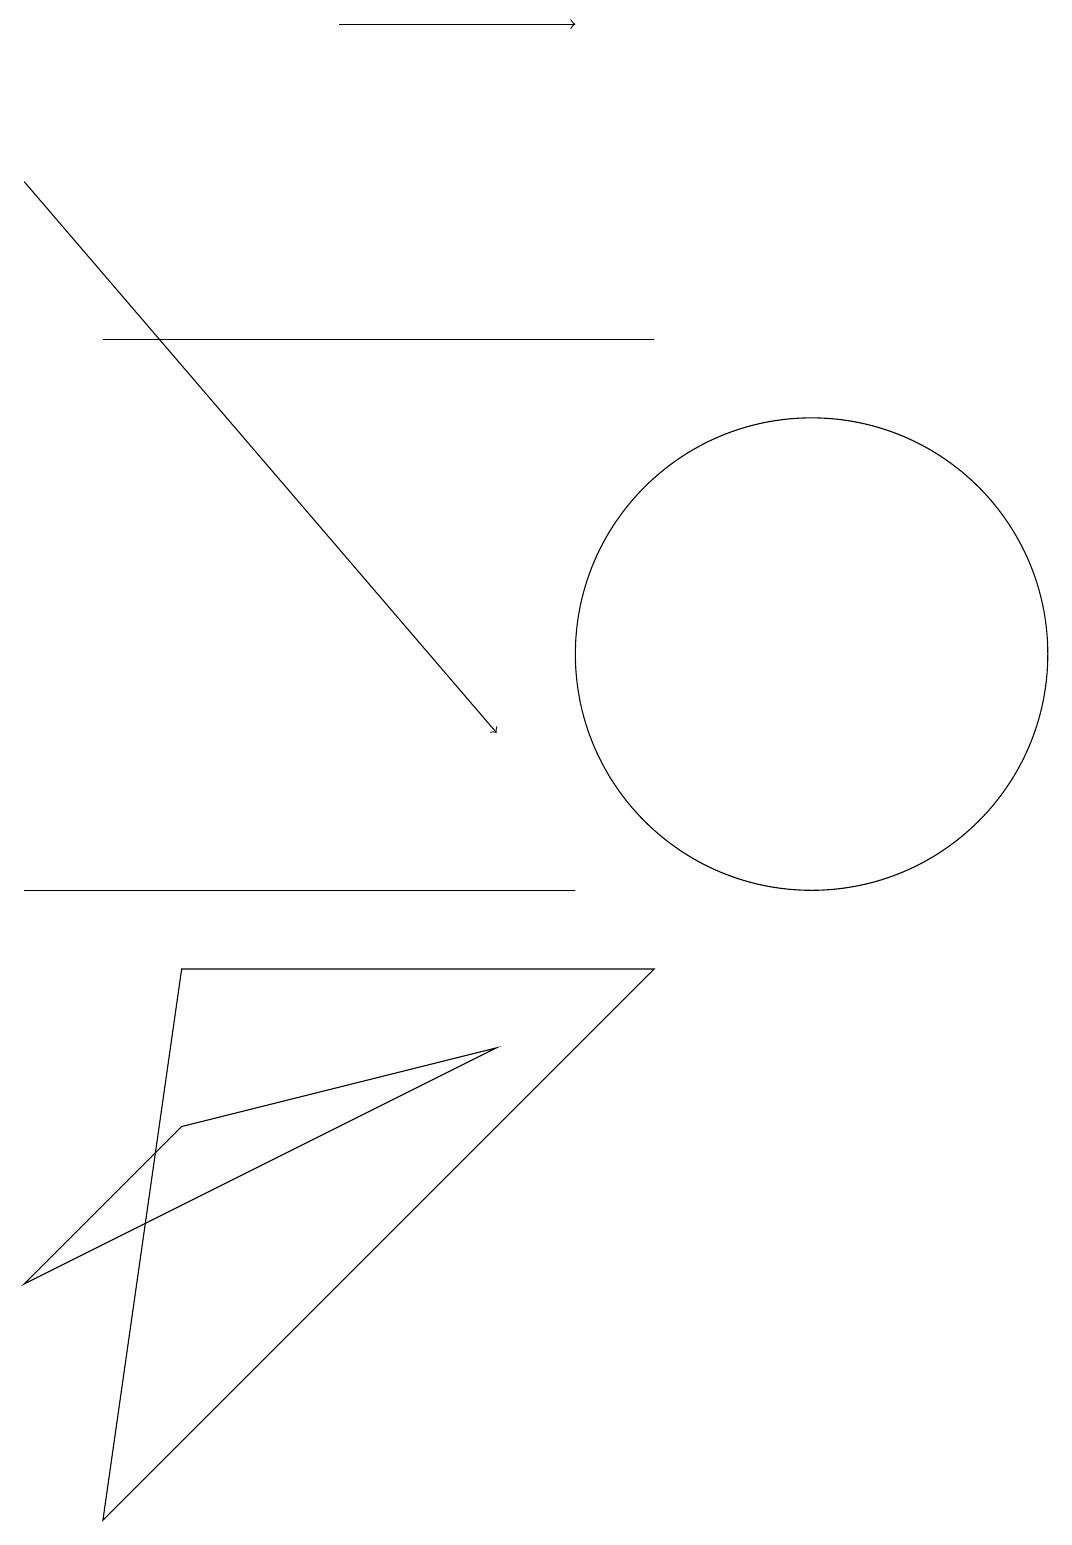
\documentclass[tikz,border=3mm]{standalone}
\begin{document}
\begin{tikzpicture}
\draw (10,11) circle (3);
\draw[->] (4,19) -- (7,19);
\draw (1,0) -- (8,7) -- (2,7) -- cycle;
\draw[->] (0,17) -- (6,10);
\draw (2,8) -- (7,8) -- (0,8) -- cycle;
\draw (8,15) rectangle (1,15);
\draw (2,5) -- (0,3) -- (6,6) -- cycle;
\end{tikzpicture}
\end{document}